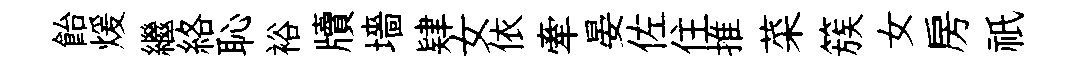
飴煖繼絡恥裕牘墻肄女依牽晏佐住推菜簇女房祇